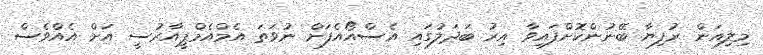
މިލިއަން ރުފިޔާ ބޭނުންކޮށްފައިވާ އިރު ބަދަލުގައި އެސްއޯއެފަށް ނުވަތަ އެމްއެމްޕީއާރުސީ އަށް އެއްވެސް